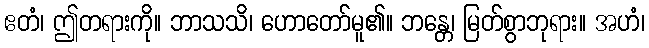
ဧတံ၊ ဤတရားကို။ ဘာသသိ၊ ဟောတော်မူ၏။ ဘန္တေ၊ မြတ်စွာဘုရား။ အဟံ၊